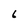
Character: 6